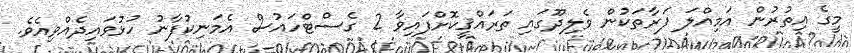
މީގެ އިތުރުން އަމިއްލަ ފަރާތަކުން ވެލިދޫގައި ތަރައްޤީކޮށްފައިވާ 2 ގެސްޓްހައުސް އެމަނިކުފާނު ހުޅުވައިދެއްވިއެވެ.